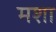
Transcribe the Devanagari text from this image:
मशा